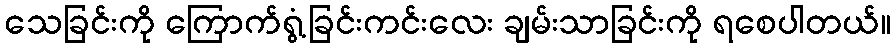
သေခြင်းကို ကြောက်ရွံ့ခြင်းကင်းလေး ချမ်းသာခြင်းကို ရစေပါတယ်။